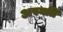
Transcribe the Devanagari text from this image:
अस्यति